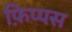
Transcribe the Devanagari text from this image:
फ़िप्पस